Lunatic asylums Madras 1877-1891 - 1877-1891
Year: 1877
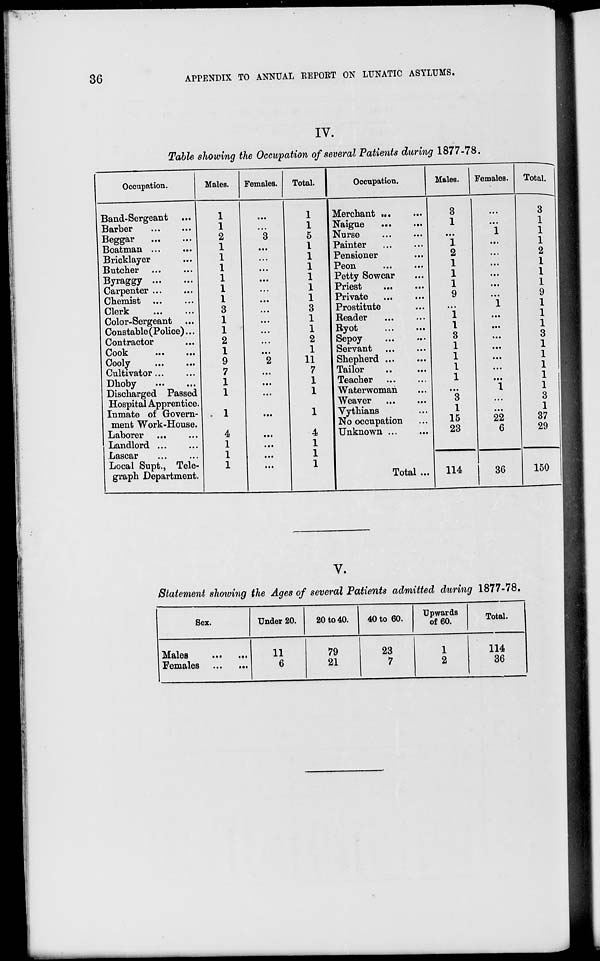
36
APPENDIX TO ANNUAL REPORT ON LUNATIC ASYLUMS.
IV.
Table showing the Occupation of several Patients during 1877-78.
Occupation.
Band-Sergeant ...
Barber ... ...
Beggar ... ...
Boatman ... ...
Bricklayer ...
Butcher ... ...
Byraggy ... ...
Carpenter ... ...
Chemist ... ...
Clerk ... ...
Color-Sergeant ...
Constable (Police) ...
Contractor ...
Cook ... ...
Cooly ... ...
Cultivator ... ...
Dhoby ... ...
Discharged Passed
Hospital Apprentice.
Inmate of Govern-
ment Work-House.
Laborer ... ...
Landlord ... ...
Lascar ... ...
Local Supt., Tele-
graph Department.
Males.
1
1
2
1
1
1
1
1
1
3
1
1
2
1
9
7
1
1
1
4
1
1
1
Females.
...
...
3
...
...
...
...
...
...
...
...
...
...
...
2
...
...
...
...
...
...
...
...
Total.
1
1
5
1
1
1
1
1
1
3
1
1
2
1
11
7
1
1
1
4
1
1
1
Occupation.
Merchant
...
...
Naigue
... ...
Nurse
... ...
Painter
... ...
Pensioner
...
Peon
... ...
Petty Sowcar
...
Priest
... ...
Private
... ...
Prostitute
...
Reader
...
...
Ryot
... ...
Sepoy ... ...
Servant ... ...
Shepherd ...
...
Tailor
... ...
Teacher ... ...
Waterwoman
...
Weaver
... ...
Vythians
...
No occupation
...
Unknown ...
...
Total ...
Males.
3
1
...
1
2
1
1
1
9
...
1
1
3
1
1
1
1
...
3
1
15
23
114
Females.
...
...
1
...
...
...
...
...
...
1
...
...
...
...
...
...
...
1
...
...
22
6
36
Total.
3
1
1
1
2
1
1
1
9
1
1
1
3
1
1
1
1
1
3
1
37
29
150
V.
Statement showing the Ages of several Patients admitted during 1877-78.
Sex.
Males ... ...
Females ... ...
Under 20.
11
6
20 to 40.
79
21
40 to 60.
23
7
Upwards
of 60.
1
2
Total.
114
36